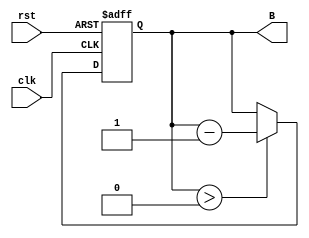
module DownCounter(B,clk,rst);

output reg[7:0] B;
input clk,rst;

always @ (posedge clk or negedge rst)
begin
  if ( !rst )
    B <= 8'd255;
  else
    begin
	if ( B > 8'd0 )
	  B <= B - 8'd1;
	else
	  B <= B;
	end
end


endmodule